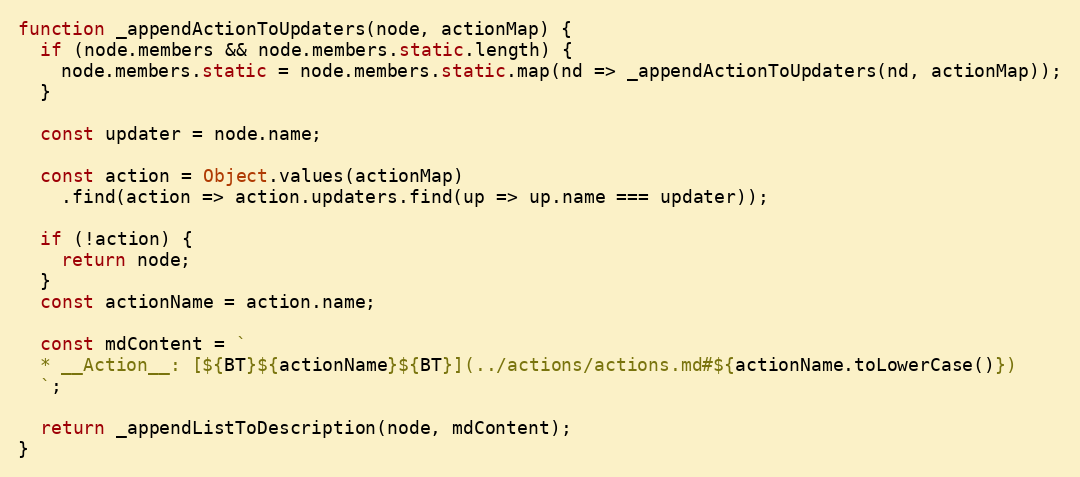
Language: JavaScript
function _appendActionToUpdaters(node, actionMap) {
  if (node.members && node.members.static.length) {
    node.members.static = node.members.static.map(nd => _appendActionToUpdaters(nd, actionMap));
  }

  const updater = node.name;

  const action = Object.values(actionMap)
    .find(action => action.updaters.find(up => up.name === updater));

  if (!action) {
    return node;
  }
  const actionName = action.name;

  const mdContent = `
  * __Action__: [${BT}${actionName}${BT}](../actions/actions.md#${actionName.toLowerCase()})
  `;

  return _appendListToDescription(node, mdContent);
}